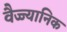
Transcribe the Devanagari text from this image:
वैज्ज्यानिक